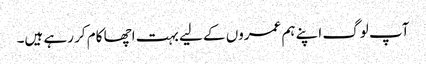
آپ لوگ اپنے ہم عمروں کے لیے بہت اچھا کام کر رہے ہیں۔